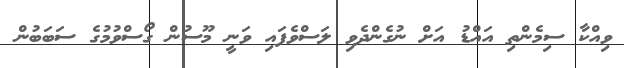
ވިއްކާ ސިމެންތި އައްޑު އަށް ނުގެންދެވި ލަސްވެފައި ވަނީ މޫސުން ގޯސްވުމުގެ ސަބަބުން